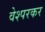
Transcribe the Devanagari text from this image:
वेश्परकर